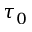
\tau _ { 0 }